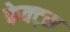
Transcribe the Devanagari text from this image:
फेक्ट्स